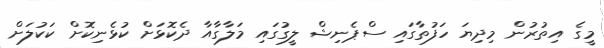
މީގެ އިތުރުން މިދިޔަ ހަފުތާގައި ސްޕެނިޝް ލީގުގައި މަލާގާއާ ދެކޮޅަށް ކުޅެނިކޮށް ކަކުލަށް